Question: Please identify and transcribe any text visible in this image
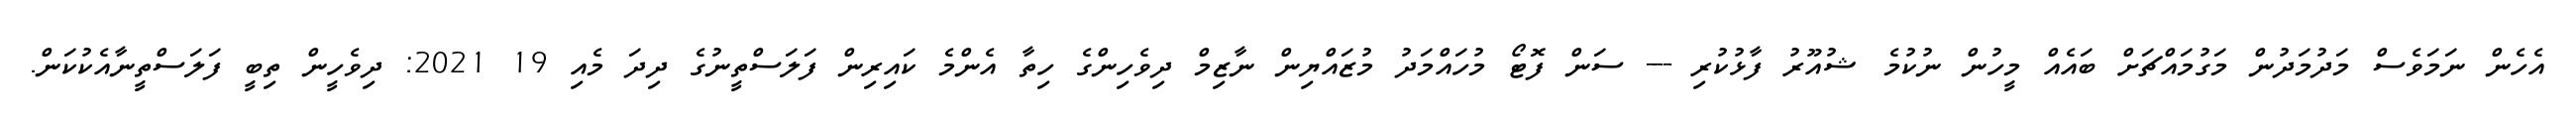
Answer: އެހެން ނަމަވެސް މަދުމަދުން މަގުމައްޗަށް ބައެއް މީހުން ނުކުމެ ޝުއޫރު ފާޅުކުރި --- ސަން ފޮޓޯ މުހައްމަދު މުޒައްޔިން ނާޒިމް ދިވެހިންގެ ހިތާ އެންމެ ކައިރިން ފަލަސްތީނުގެ ދިދަ މެއި 19 2021: ދިވެހީން ތިބީ ފަލަސްތީނާއެކުކަން.